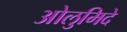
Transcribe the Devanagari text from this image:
ओलुमिदे